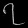
Digit: ၇